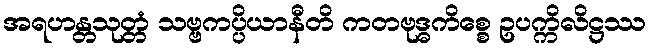
အရဟန္တသုတ္တံ သဗ္ဗကပ္ပိယာနီတိ ကတဗုဒ္ဓကိစ္စေ ဥပက္ကိလိဋ္ဌဿ